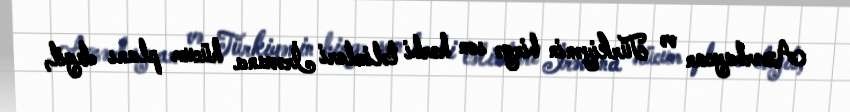
Azərbaycan və Türkiyənin birgə son hərbi təlimləri İrəvana hücum planı deyil,